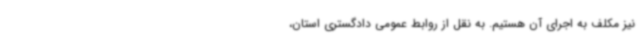
نیز مکلف به اجرای آن هستیم. به نقل از روابط عمومی دادگستری استان،